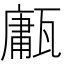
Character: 𤮇